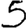
Digit: 5